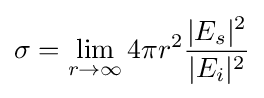
\sigma =\lim _{r\to \infty }4\pi r^{2}{\frac {|E_{s}|^{2}}{|E_{i}|^{2}}}